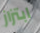
ابتزاز